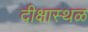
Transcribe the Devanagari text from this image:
दीक्षास्थळ